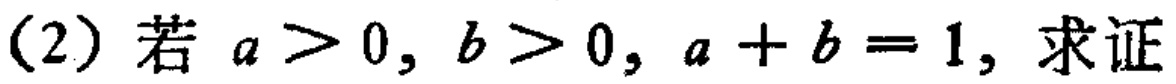
(2) 若 \(a > 0, b > 0, a + b = 1\), 求证